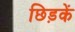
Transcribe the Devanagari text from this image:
छिड़कें